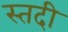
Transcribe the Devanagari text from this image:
स्तदी